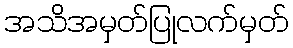
အသိအမှတ်ပြုလက်မှတ်